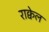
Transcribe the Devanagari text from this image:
राक्वेल